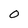
Character: 0